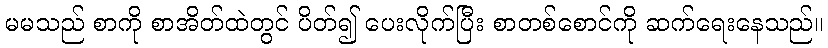
မမသည် စာကို စာအိတ်ထဲတွင် ပိတ်၍ ပေးလိုက်ပြီး စာတစ်စောင်ကို ဆက်ရေးနေသည်။